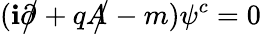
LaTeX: (\mathbf{i}{\partial\! \! \! {\big/}}+q{A\! \! \! {\big/}}-m)\psi^{c}=0